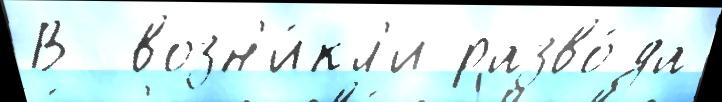
В  возн'и́кл'и разво́да